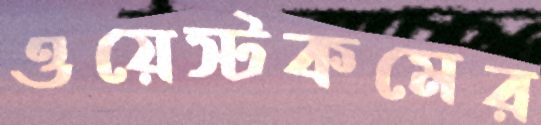
ওয়েস্টকমের